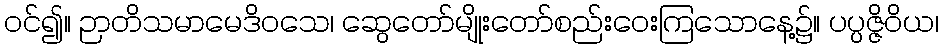
ဝင်၍။ ဉာတိသမာမေဒိဝသေ၊ ဆွေတော်မျိုးတော်စည်းဝေးကြသောနေ့၌။ ပပ္ပဇ္ဇိဝိယ၊